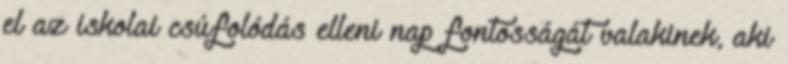
el az iskolai csúfolódás elleni nap fontosságát valakinek, aki